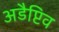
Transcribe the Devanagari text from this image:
अडैप्टिव